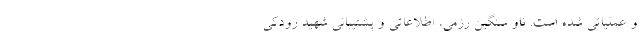
و عملیاتی شده است. ناو سنگین رزمی، اطلاعاتی و پشتیبانی شهید رودکی